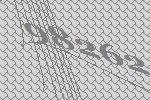
98262